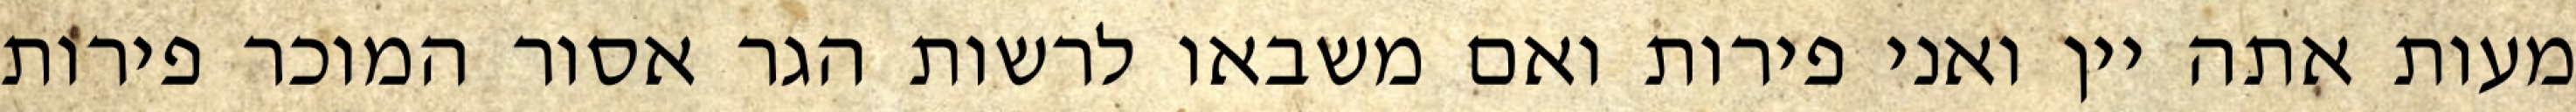
מעות אתה יין ואני פירות ואם משבאו לרשות הגר אסור המוכר פירות